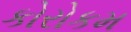
કોરોકમ